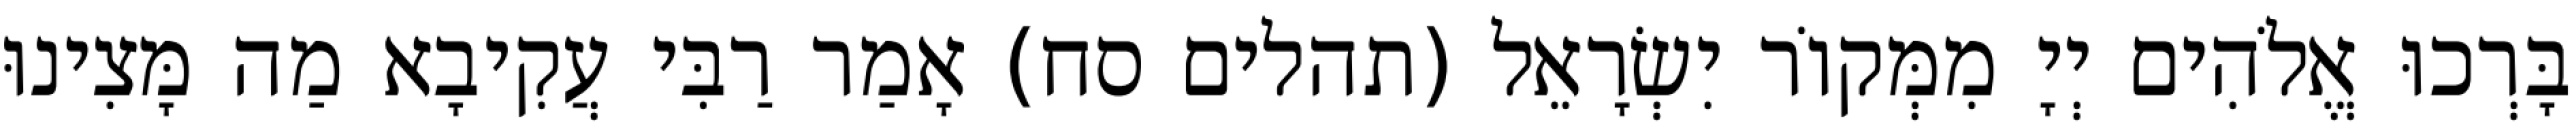
בָּרְכוּ אֱלֹהִים יְיָ מִמְּקוֹר יִשְׂרָאֵל (תהלים סח) אָמַר רַבִּי עֲקִיבָא מַה מָּצִינוּ